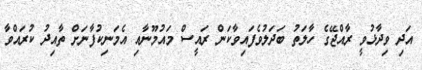
އަދި ވިދާޅުވީ ރާއްޖޭގެ ހާލަތު ބަދަލުވެފައިވާކަން ރައީސް މައުމޫނާއި އެމަނިކުފާނަށް ތާއިދު ކުރައްވާ